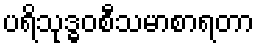
ပရိသုဒ္ဓဝစီသမာစာရတာ